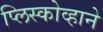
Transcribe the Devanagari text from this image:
प्लिस्कोव्हाने